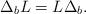
LaTeX: \begin{align*}\Delta_{b}L=L\Delta_b.\end{align*}